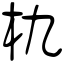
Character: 朹